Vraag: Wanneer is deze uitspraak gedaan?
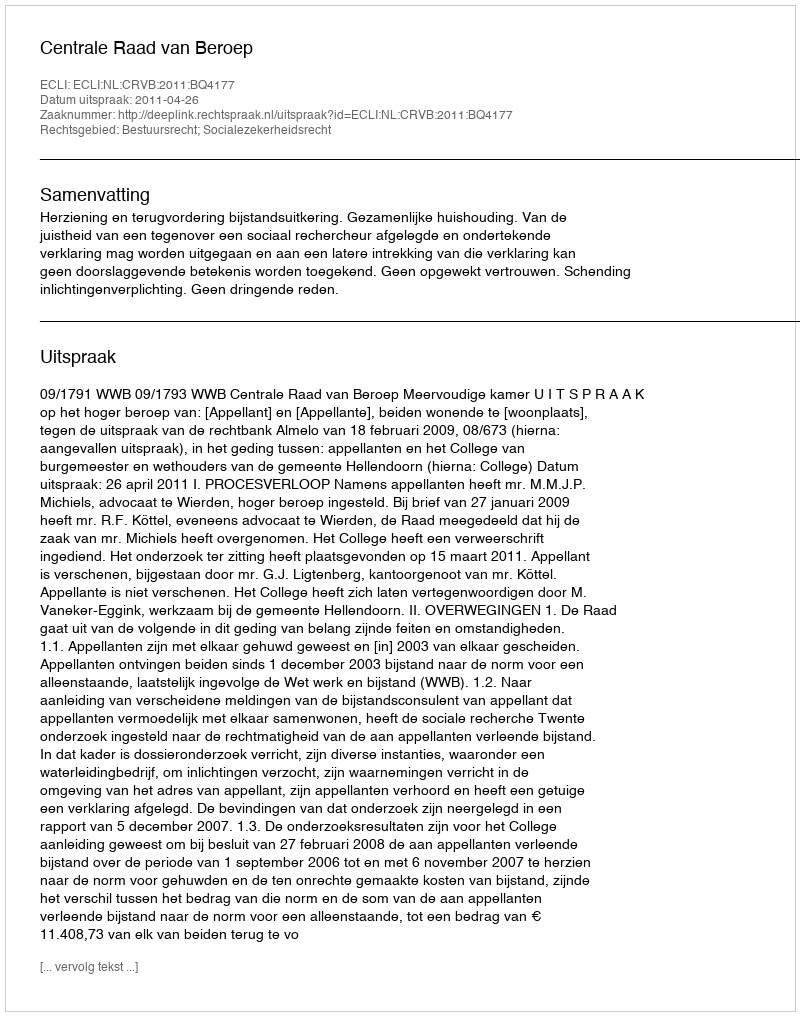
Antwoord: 2011-04-26